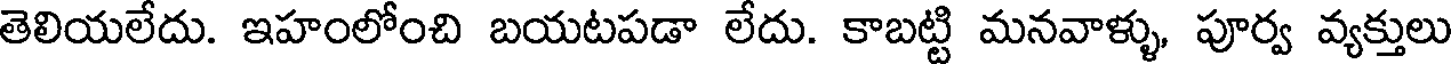
తెలియలేదు. ఇహంలోంచి బయటపడా లేదు. కాబట్టి మనవాళ్ళు, పూర్వ వ్యక్తులు